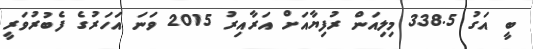
ބީ އަގު 338.5 މިލިއަން ރުފިޔާއަށް އަރާއިރު 2015 ވަނަ އަހަރުގެ ފެބުރުވަރީ